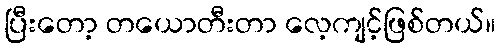
ပြီးတော့ တယောတီးတာ လေ့ကျင့်ဖြစ်တယ်။